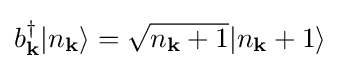
b_{\mathbf {k} }^{\dagger }|n_{\mathbf {k} }\rangle ={\sqrt {n_{\mathbf {k} }+1}}|n_{\mathbf {k} }+1\rangle